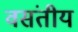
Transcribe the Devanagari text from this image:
वसंतीय